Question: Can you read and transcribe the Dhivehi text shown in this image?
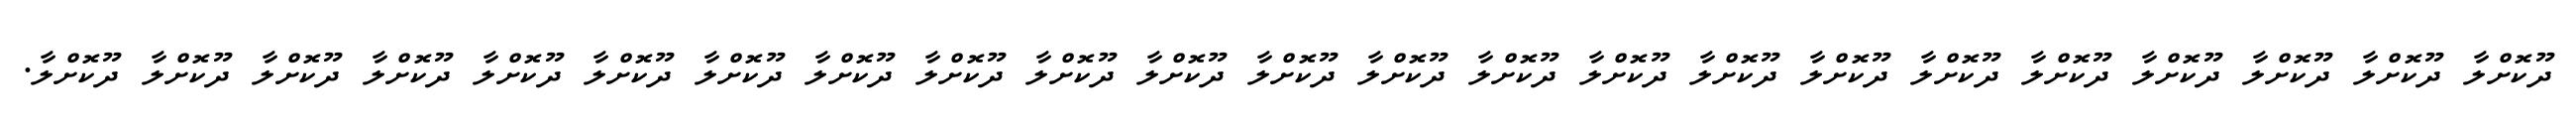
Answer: ދޫކޮށްލާ ދޫކޮށްލާ ދޫކޮށްލާ ދޫކޮށްލާ ދޫކޮށްލާ ދޫކޮށްލާ ދޫކޮށްލާ ދޫކޮށްލާ ދޫކޮށްލާ ދޫކޮށްލާ ދޫކޮށްލާ ދޫކޮށްލާ ދޫކޮށްލާ ދޫކޮށްލާ ދޫކޮށްލާ ދޫކޮށްލާ ދޫކޮށްލާ ދޫކޮށްލާ ދޫކޮށްލާ ދޫކޮށްލާ ދޫކޮށްލާ ދޫކޮށްލާ ދޫކޮށްލާ.